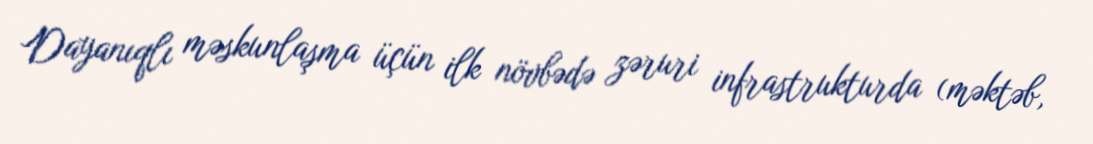
Dayanıqlı məskunlaşma üçün ilk növbədə zəruri infrastrukturda (məktəb,